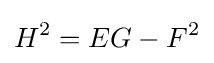
H^{2}=EG-F^{2}